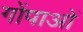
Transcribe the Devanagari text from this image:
गोंपाओं